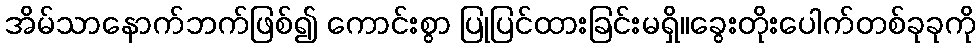
အိမ်သာနောက်ဘက်ဖြစ်၍ ကောင်းစွာ ပြုပြင်ထားခြင်းမရှိ။ခွေးတိုးပေါက်တစ်ခုခုကို